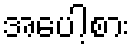
အပေါ့စား